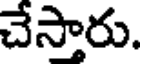
చేస్తారు.